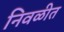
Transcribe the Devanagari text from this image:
निवळीत